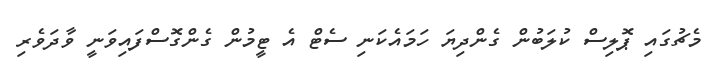
މެޗުގައި ޕޮލިސް ކުލަބުން ގެންދިޔަ ހަމައެކަނި ސެޓް އެ ޓީމުން ގެންގޮސްފައިވަނީ ވާދަވެރި